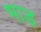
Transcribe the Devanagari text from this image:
भाड